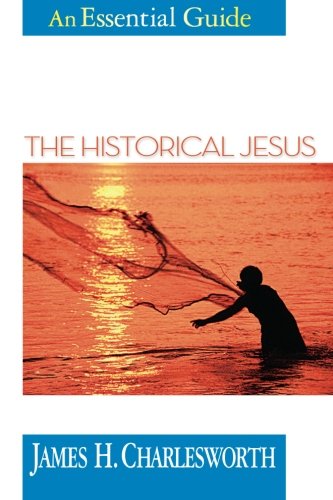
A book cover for The Historical Jesus: An Essential Guide (Essential Guides); James H. Charlesworth; Christian Books & Bibles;